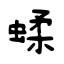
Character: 蝚